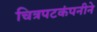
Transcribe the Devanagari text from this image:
चित्रपटकंपनीने